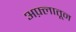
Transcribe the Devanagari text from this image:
अफ़्लातून